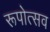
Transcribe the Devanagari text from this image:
रूपोत्सव